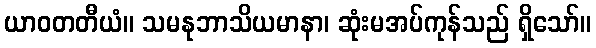
ယာဝတတီယံ။ သမနုဘာသိယမာနာ၊ ဆုံးမအပ်ကုန်သည် ရှိသော်။